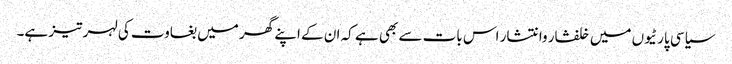
سیاسی پارٹیوں میں خلفشار وانتشار اس بات سے بھی ہے کہ ان کے اپنے گھر میں بغاوت کی لہر تیز ہے۔